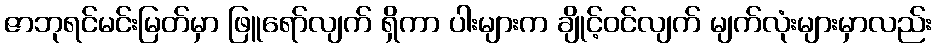
ဇာဘုရင်မင်းမြတ်မှာ ဖြူရော်လျက် ရှိကာ ပါးများက ချိုင့်ဝင်လျက် မျက်လုံးများမှာလည်း